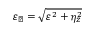
\varepsilon _ { \perp } = \sqrt { \varepsilon ^ { 2 } + \eta _ { z } ^ { 2 } }